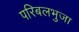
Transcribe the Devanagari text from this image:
परिबलभुजा